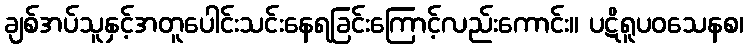
ချစ်အပ်သူနှင့်အတူပေါင်းသင်းနေရခြင်းကြောင့်လည်းကောင်း။ ပဋိရူပဝသေနစ၊